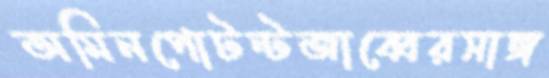
অমিনপোটন্টজাব্বেরসাঙ্গ